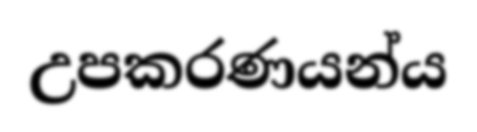
උපකරණයන්ය